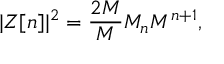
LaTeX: | Z [ n ] | ^ { 2 } = \frac { { 2 \cal { M } } } { M } { \cal M } _ { n } M ^ { n + 1 } ,